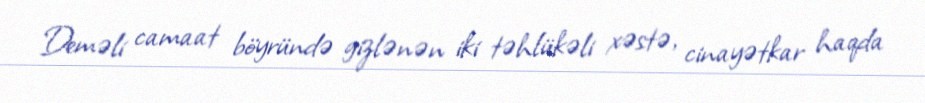
Deməli camaat böyründə gizlənən iki təhlükəli xəstə, cinayətkar haqda